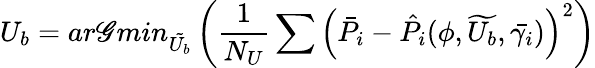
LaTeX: U_{b}=ar\mathscr{G}min_{\tilde{{U_{b}}}}\left(\frac{{1}}{{N_{U}}}\sum\left(\bar{{P_{i}}}-\hat{{P_{i}}}(\phi,\widetilde{{U_{b}}},\bar{{\gamma_{i}}})\right)^{2}\right)